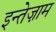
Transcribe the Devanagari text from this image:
इन्तेज़ाम